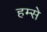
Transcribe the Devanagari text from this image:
हम्से